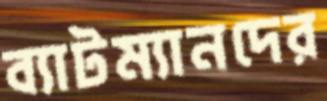
ব্যাটম্যানদের